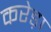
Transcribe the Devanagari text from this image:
करेड़ा